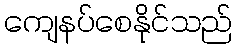
ကျေနပ်စေနိုင်သည်